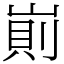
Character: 崱